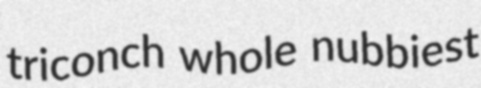
triconch whole nubbiest